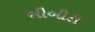
સીબીટી